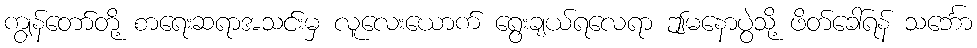
ကျွန်တော်တို့ စာရေးဆရာအသင်းမှ လူလေးယောက် ရွေးချယ်ရလေရာ ဤမနောပွဲသို့ ဖိတ်ခေါ်ရန် သင်္ဘော